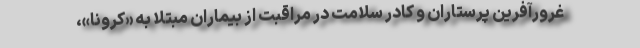
غرورآفرین پرستاران و کادر سلامت در مراقبت از بیماران مبتلا به «کرونا»،